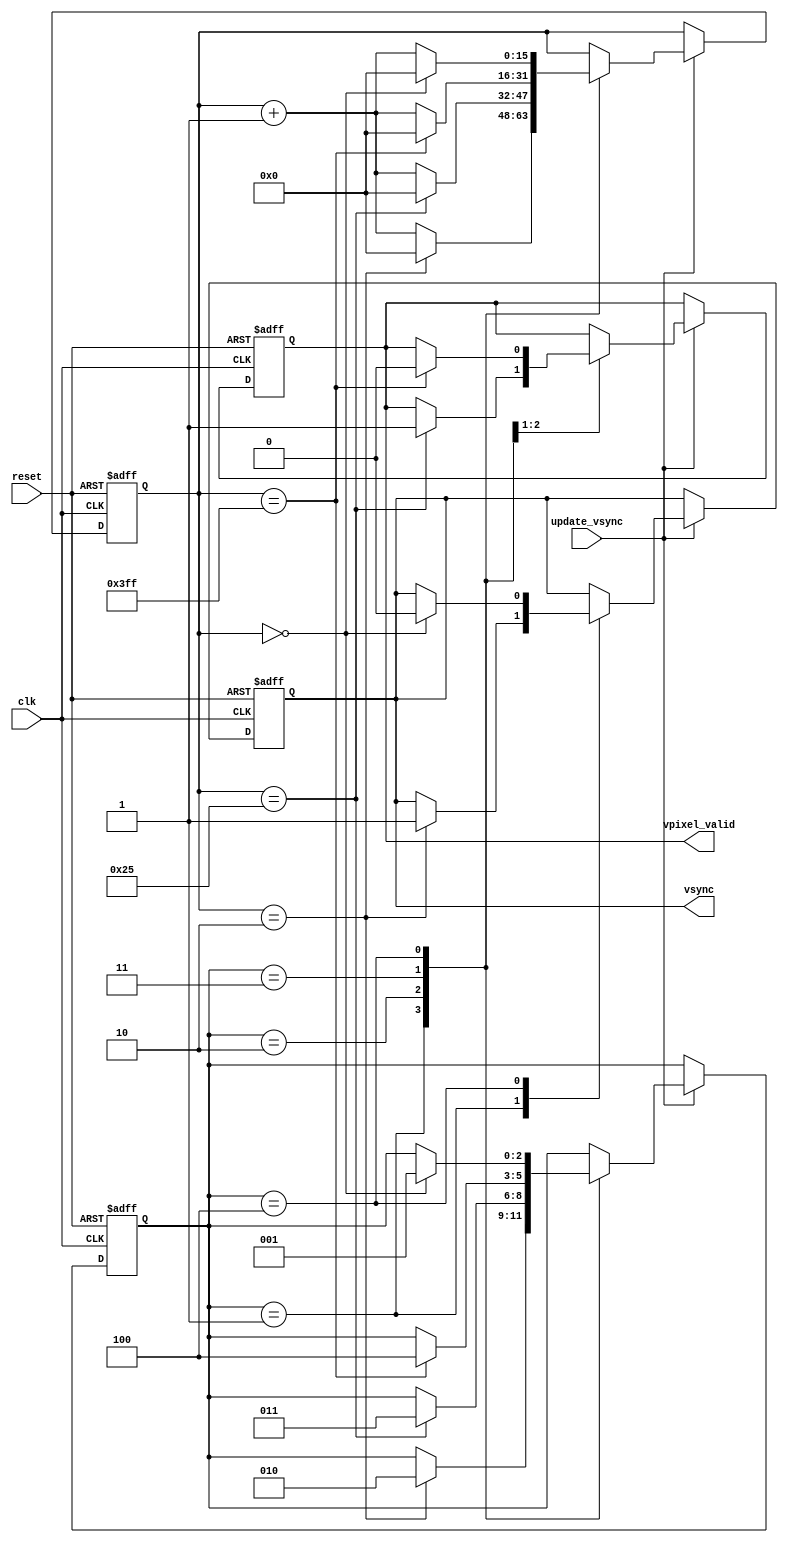
module vga_vsync #(parameter FRONT   = 1,
                   parameter BACK    = 38,
                   parameter SYNC    = 3,
                   parameter VISIBLE = 1024) (
  input            clk,
  input            reset,
  input            update_vsync,

  output reg       vsync,
  output reg       vpixel_valid
);

parameter IDLE           = 3'd0;
parameter SYNC_STATE     = 3'd1;
parameter BACK_STATE     = 3'd2;
parameter VISIBLE_STATE  = 3'd3;
parameter FRONT_STATE    = 3'd4;

reg [2:0]  next_state, state;
reg [15:0] next_pixel_count, pixel_count;
reg        next_vsync;
reg        next_vpixel_valid;

always @(*)
begin
  next_pixel_count  = pixel_count;
  next_state        = state;
  next_vsync        = vsync;
  next_vpixel_valid = vpixel_valid;
  case(state)
    SYNC_STATE: 
      if (pixel_count == SYNC-1)
      begin
        next_state       = BACK_STATE;
        next_pixel_count = 'd0;
        next_vsync       = 1'b1;
      end
      else
        next_pixel_count = pixel_count + 'd1;
    BACK_STATE:
      if (pixel_count == BACK-1)
      begin
        next_state        = VISIBLE_STATE;
        next_pixel_count  = 'd0;
        next_vpixel_valid = 1'b1;
      end
      else 
        next_pixel_count = pixel_count + 'd1;
    VISIBLE_STATE:
      if (pixel_count == VISIBLE-1)
      begin
        next_state        = FRONT_STATE;
        next_pixel_count  = 'd0;
        next_vpixel_valid = 1'b0;
      end
      else
        next_pixel_count = pixel_count + 'd1;
    FRONT_STATE:
      if (pixel_count == FRONT-1)
      begin
        next_state       = SYNC_STATE;
        next_pixel_count = 'd0;
        next_vsync       = 1'b0;
      end
      else
        next_pixel_count = pixel_count + 'd1;
  endcase
end

always @(posedge clk or posedge reset)
  if (reset)
  begin
    state        <= SYNC_STATE;
    pixel_count  <= 'd0;
    vpixel_valid <= 1'b0;
    vsync        <= 1'b0;
  end
  else if (update_vsync)
  begin
    state        <= next_state;
    pixel_count  <= next_pixel_count;
    vpixel_valid <= next_vpixel_valid;
    vsync        <= next_vsync;
  end

endmodule